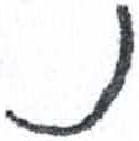
אות: נ